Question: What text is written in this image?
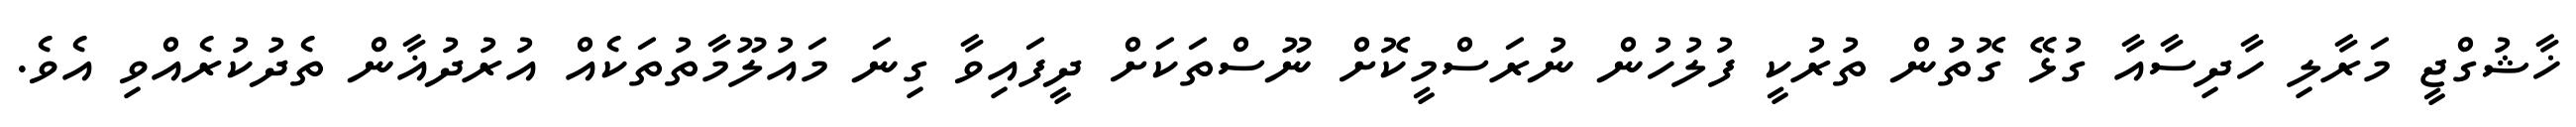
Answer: ޚާޝުގްޖީ މަރާލި ހާދިސާއާ ގުޅޭ ގޮތުން ތުރުކީ ފުލުހުން ނުރަސްމީކޮށް ނޫސްތަކަށް ދީފައިވާ ގިނަ މައުލޫމާތުތަކެއް އުރުދުޣާން ތެދުކުރެއްވި އެވެ.